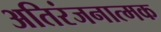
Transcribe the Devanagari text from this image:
अतिरंजनात्मक